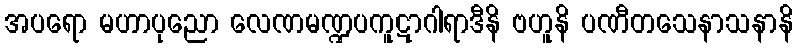
အပရော မဟာပုညော လေဏမဏ္ဍပကူဋာဂါရာဒီနိ ဗဟူနိ ပဏီတသေနာသနာနိ